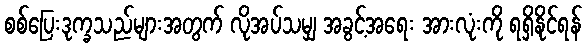
စစ်ပြေးဒုက္ခသည်များအတွက် လိုအပ်သမျှ အခွင့်အရေး အားလုံးကို ရရှိနိုင်ရန်